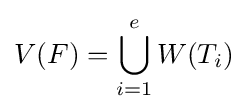
V(F)=\bigcup _{i=1}^{e}W(T_{i})